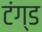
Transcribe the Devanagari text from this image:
टंग्ड